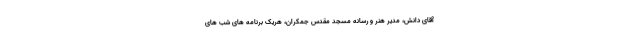
آقای دانش، مدیر هنر و رسانه مسجد مقدس جمکران، هریک برنامه های شب های